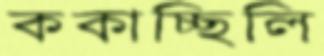
ককাচ্ছিলি